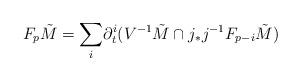
LaTeX: \begin{align*}F_p\tilde{M}=\displaystyle{\sum_{i}}\partial_t^i(V^{-1}\tilde{M} \cap j_*j^{-1}F_{p-i}\tilde{M})\end{align*}